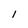
Character: 1